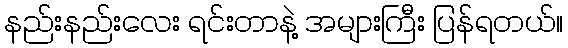
နည်းနည်းလေး ရင်းတာနဲ့ အများကြီး ပြန်ရတယ်။